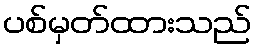
ပစ်မှတ်ထားသည်